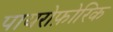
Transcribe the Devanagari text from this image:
पायरोफ़ोरिक